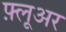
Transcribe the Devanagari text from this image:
फ़्लूअर